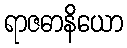
ရာဇဓာနိယော